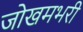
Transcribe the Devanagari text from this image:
जोखमभरी